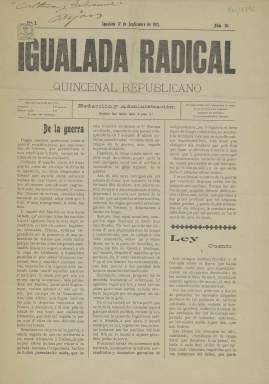
Título: Igualada radical
Colección: Periódicos
Ámbito geográfico: Barcelona
Lugar de publicación: Igualada [Barcelona]
Fechas: 17/09/1911-17/09/1911